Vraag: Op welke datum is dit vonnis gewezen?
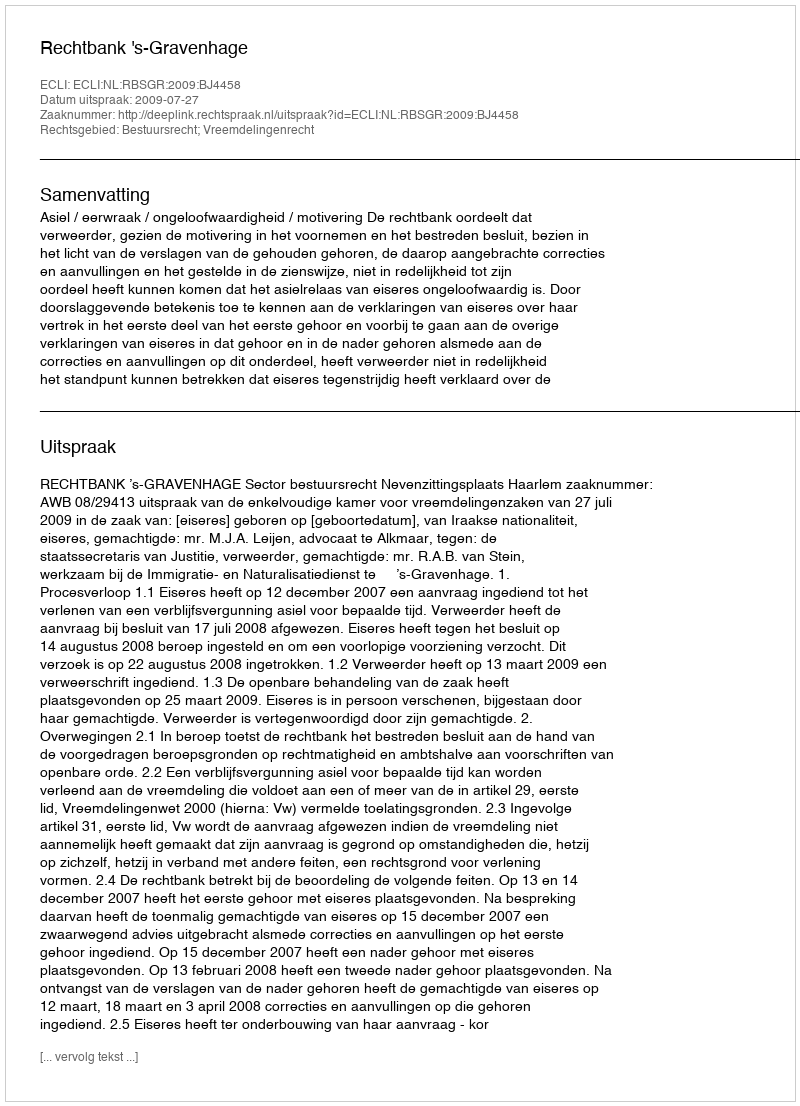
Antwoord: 2009-07-27